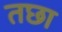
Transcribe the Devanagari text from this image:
तछा